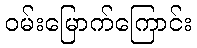
ဝမ်းမြောက်ကြောင်း